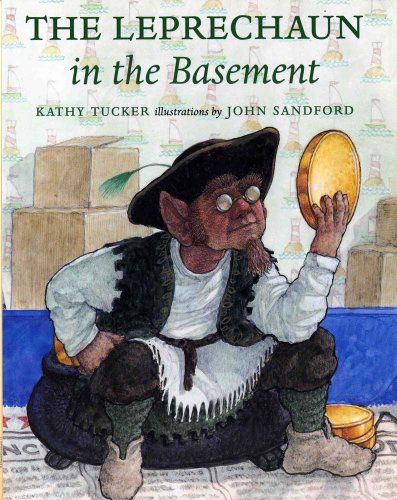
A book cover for The Leprechaun in the Basement; Kathy Tucker; Children's Books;